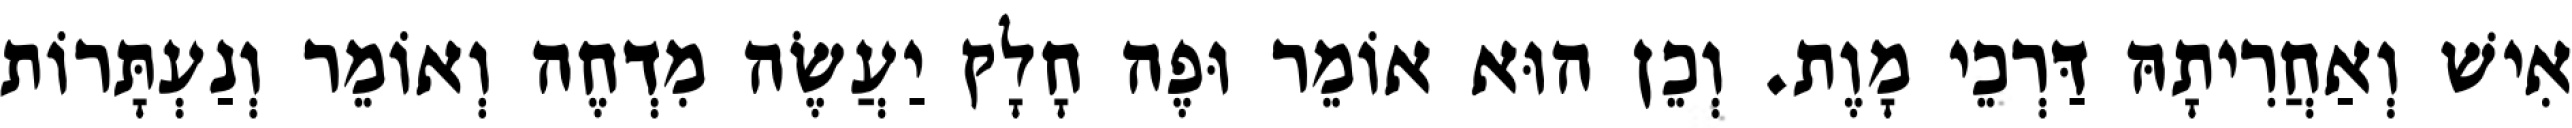
אִישׁ וְאַחֲרִיתָהּ דַּרְכֵי מָוֶת. וְכֵן הוּא אוֹמֵר וּפֶה חָלָק יַעֲשֶׂה מִדְחֶה וְאוֹמֵר וְנַעְתָּרוֹת